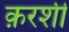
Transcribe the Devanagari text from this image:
क़रशी